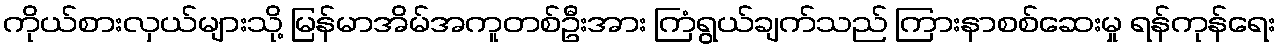
ကိုယ်စားလှယ်များသို့ မြန်မာအိမ်အကူတစ်ဦးအား ကြံရွယ်ချက်သည် ကြားနာစစ်ဆေးမှု ရန်ကုန်ရေး